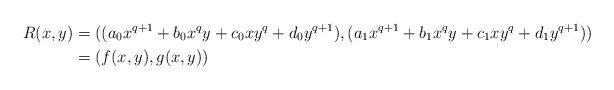
LaTeX: \begin{align*}R(x,y) &= ((a_0 x^{q+1} + b_0 x^qy + c_0 xy^q + d_0 y^{q+1}), (a_1 x^{q+1} + b_1 x^qy + c_1 xy^q + d_1 y^{q+1})) \\ &= (f(x,y),g(x,y))\end{align*}